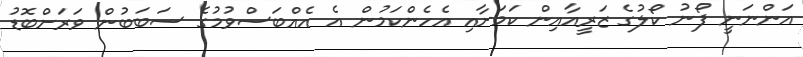
އަންނަނީ ފޯނު ކޯލުގެ ޒަރީއާއިން ކަމަށާއި އެހެންކަމުން އެ އެއްބަސްވުމުގެ ސަބަބުން ވަރަށްބޮޑު